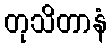
တုသိတာနံ